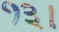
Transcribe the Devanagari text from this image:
१३।